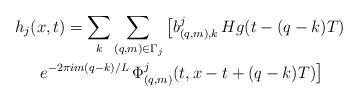
LaTeX: \begin{align*}h_j(x,t) & = \sum_k \sum_{(q,m)\in\Gamma_j} \big[b^j_{(q,m),k}\,Hg(t - (q-k)T) \\ & \hskip-.25in e^{-2\pi i m(q-k)/L}\,\Phi^j_{(q,m)}(t,x-t+(q-k)T)\big]\end{align*}